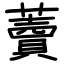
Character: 藚